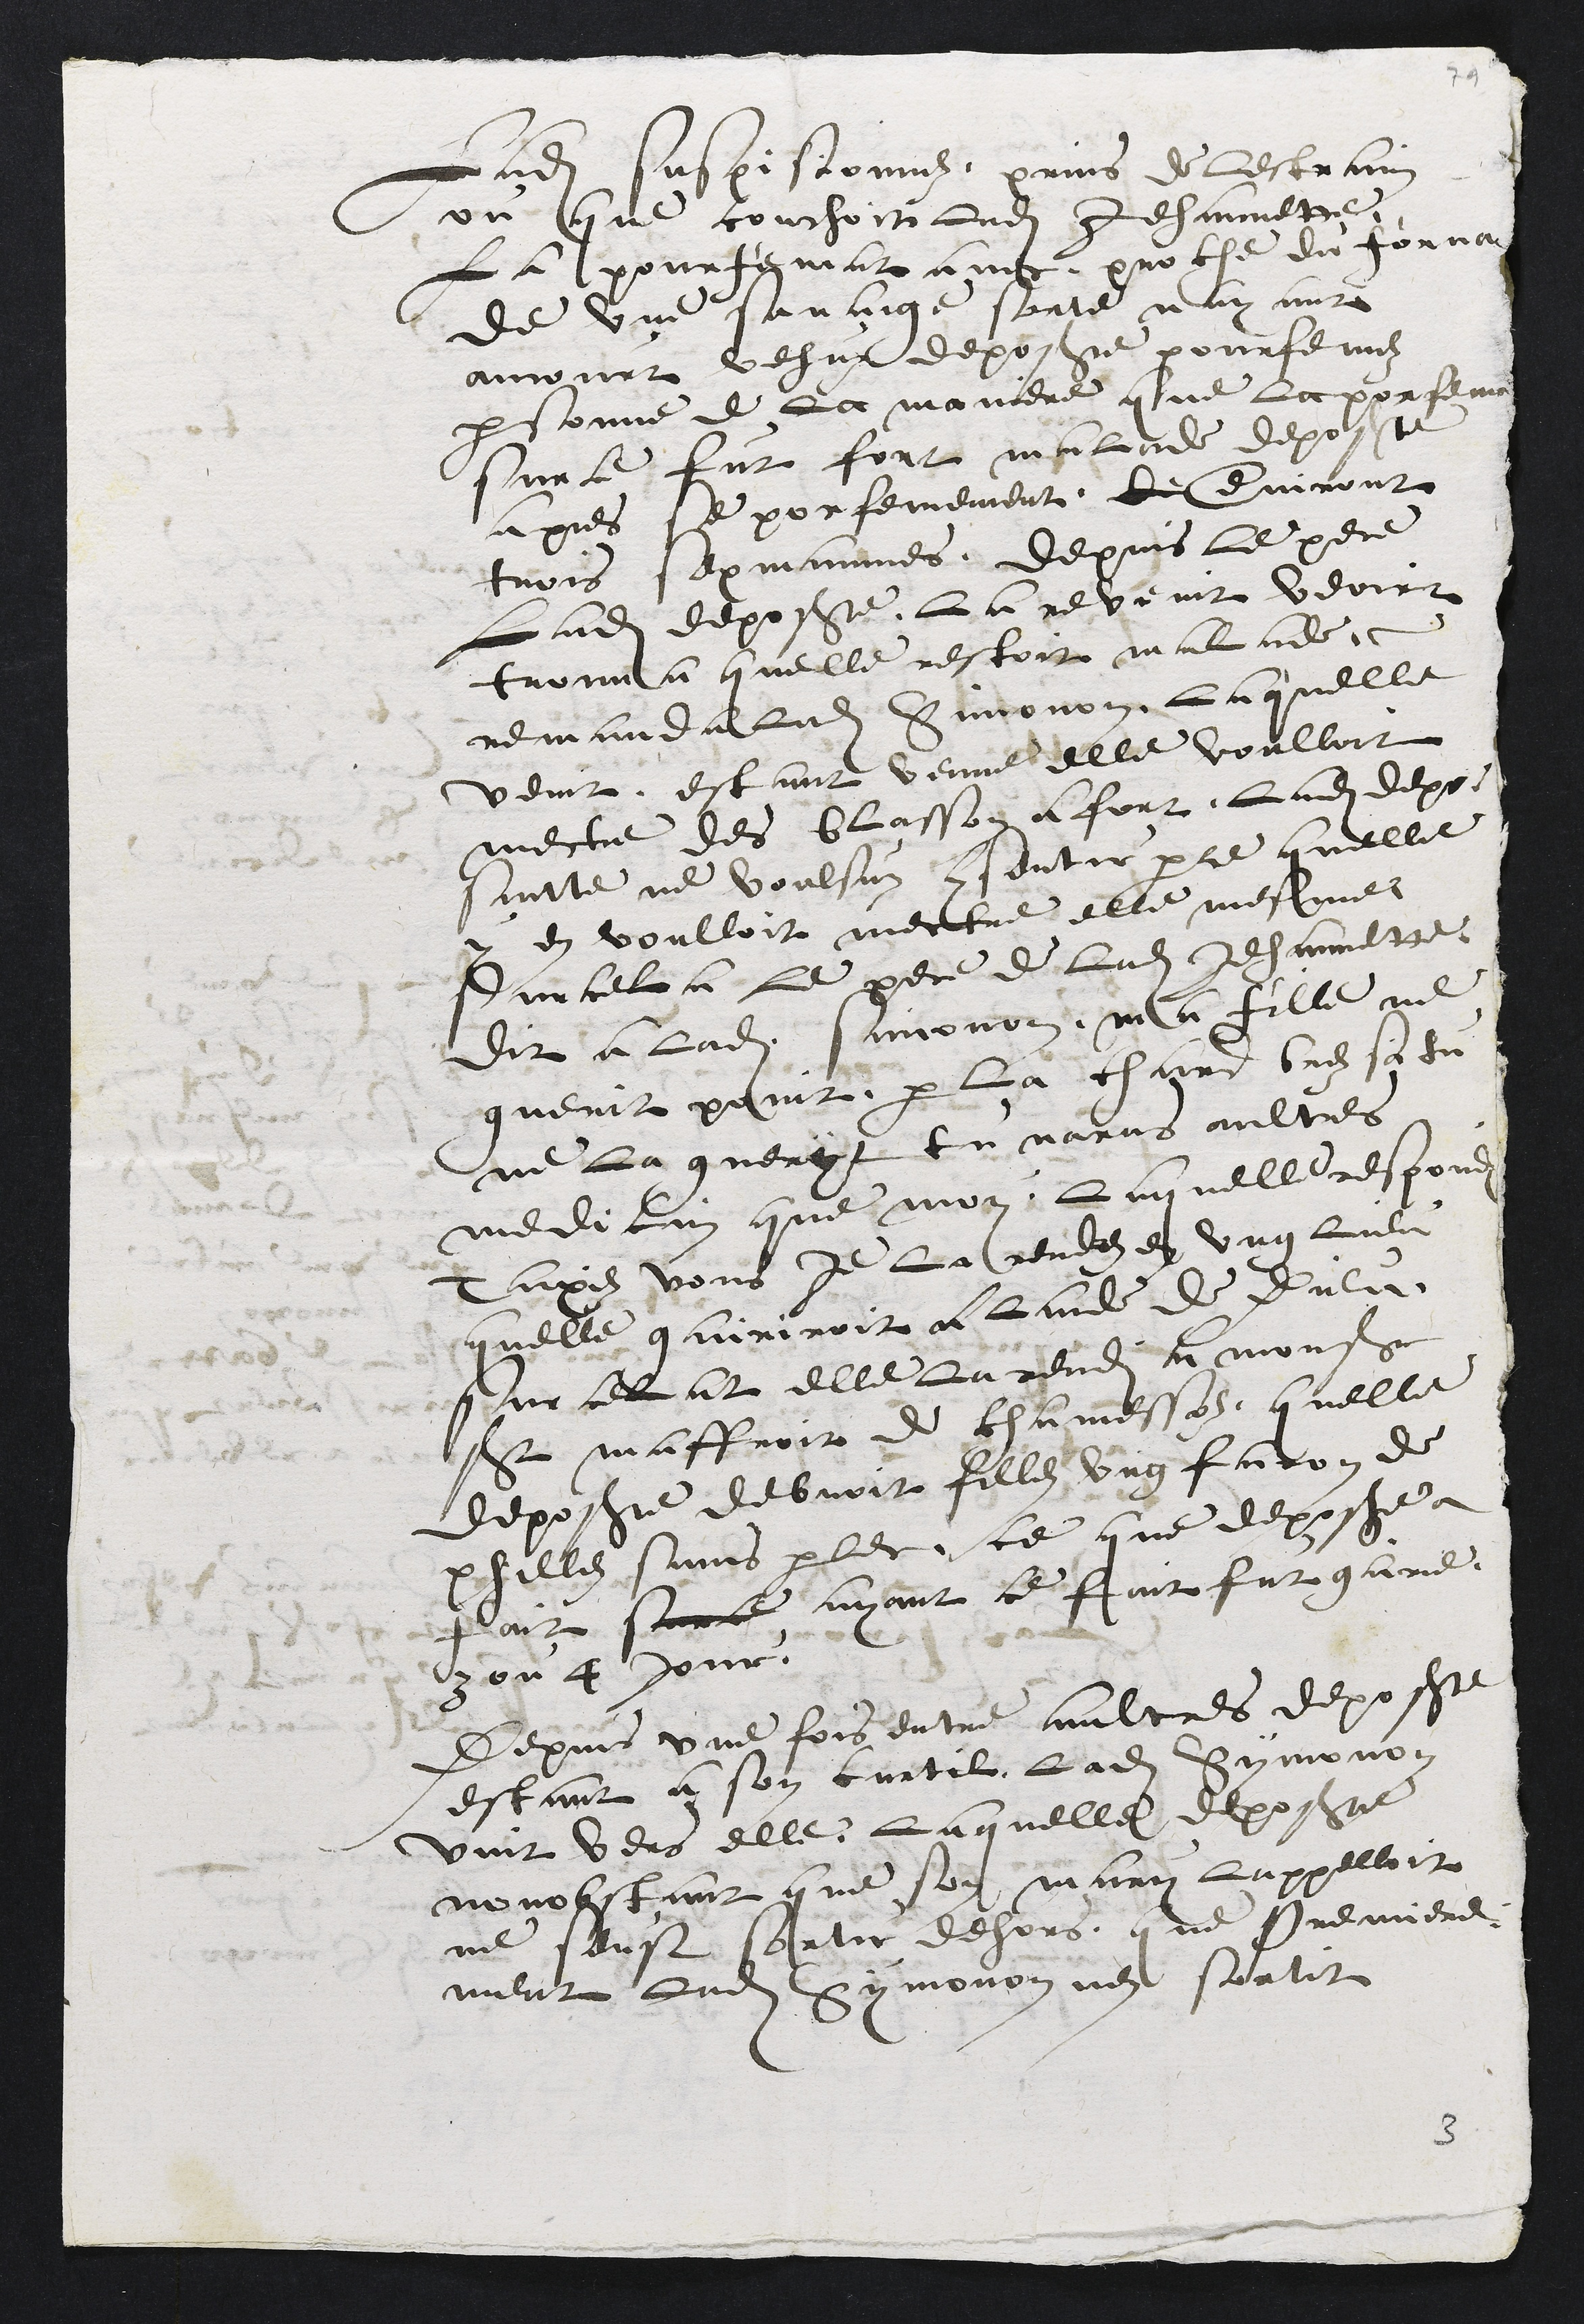
Ladite suspisionnez, prins de lestrain
ou que couchoit Ladite Jehannette,
La pourfemat avec proche du forna
de une savaige sorte nayant
ancourt vehus deposante pourfemez
personne de la maniere que La porfema
surce fut fort malade deposante
apres se porfemement le environt
trois sepmaines, depuis le pere
Ladite deposante la revenit veoirt
trouva quelle restoit malade
remanda ladite Simonon Laquelle
venit. estant venue elle voulloit
mectre des blasson a fort, Ladite depo-
santte ne voulsus consentir parce quelle
y en voulloit mectre elle mesmes
Sur cela le pere de ladite Jehannette.
dit a ladite simonon, ma fille ne
guerit point par la chard vrez si tu
ne la gueryt tu naras aultres
medicin que moy, laquelle respondi
Taxiez vous je la rendrez en ung lieu
quelle gairiroit a laide de Dieu
sur celat elle la rendi a monseigneur
St maffroit de chamessoz, quelle
deposante debvoit filles ung facon de
philles sans parler, ce que deposante a
fait surce ayant ce fait fut garie
3 ou 4 jour
Depuis une fois entre aultres deposante
estant a son curtil ladite Symonon
vint vers elle, laquelle deposante
nonobstant que son mary lappelloit
ne seust sortit dehors, que premiere-
ment ladite Symonon nen sortit